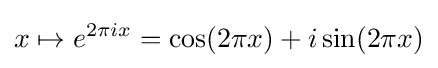
x\mapsto e^{2\pi ix}=\cos(2\pi x)+i\sin(2\pi x)